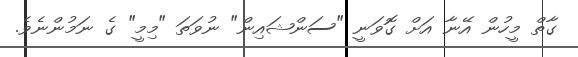
ގާތް މީހުން އޭނާ އަށް ގޮވަނީ "ސަންޝައިން" ނުވަތަ "މިމީ" ގެ ނަމުންނެވެ.